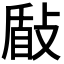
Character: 𭣽